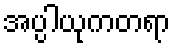
အပ္ပါယုကတရာ